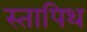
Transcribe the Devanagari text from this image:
स्तापिथ